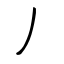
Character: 丿